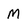
Character: M